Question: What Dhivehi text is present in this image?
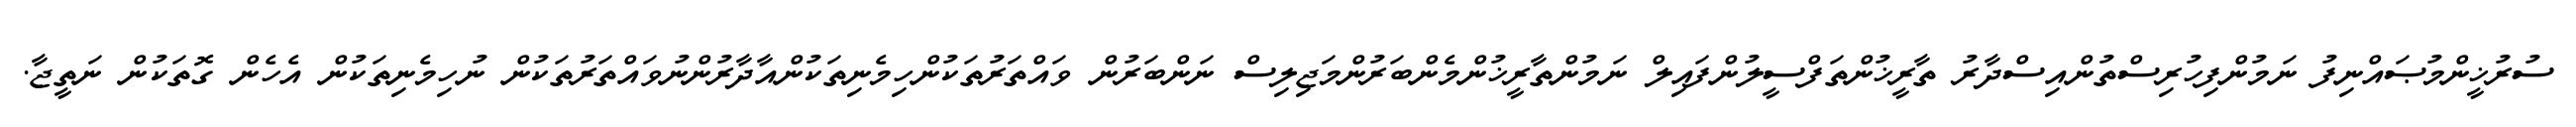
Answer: ސުރުޚީންމުޞައްނިފު ނަމުންފިހުރިސްތުންއިސްދާރު ތާރީޚުންތަފްސީލުންފައިލް ނަމުންތާރީޚުންމެންބަރުންމަޖިލިސް ނަންބަރުން ވައްތަރުތަކުންހިމެނިތަކުންއާދާރުންނުވައްތަރުތަކުން ނުހިމެނިތަކުން އެހެން ގޮތަކުން ނަތީޖާ.